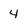
Character: 4